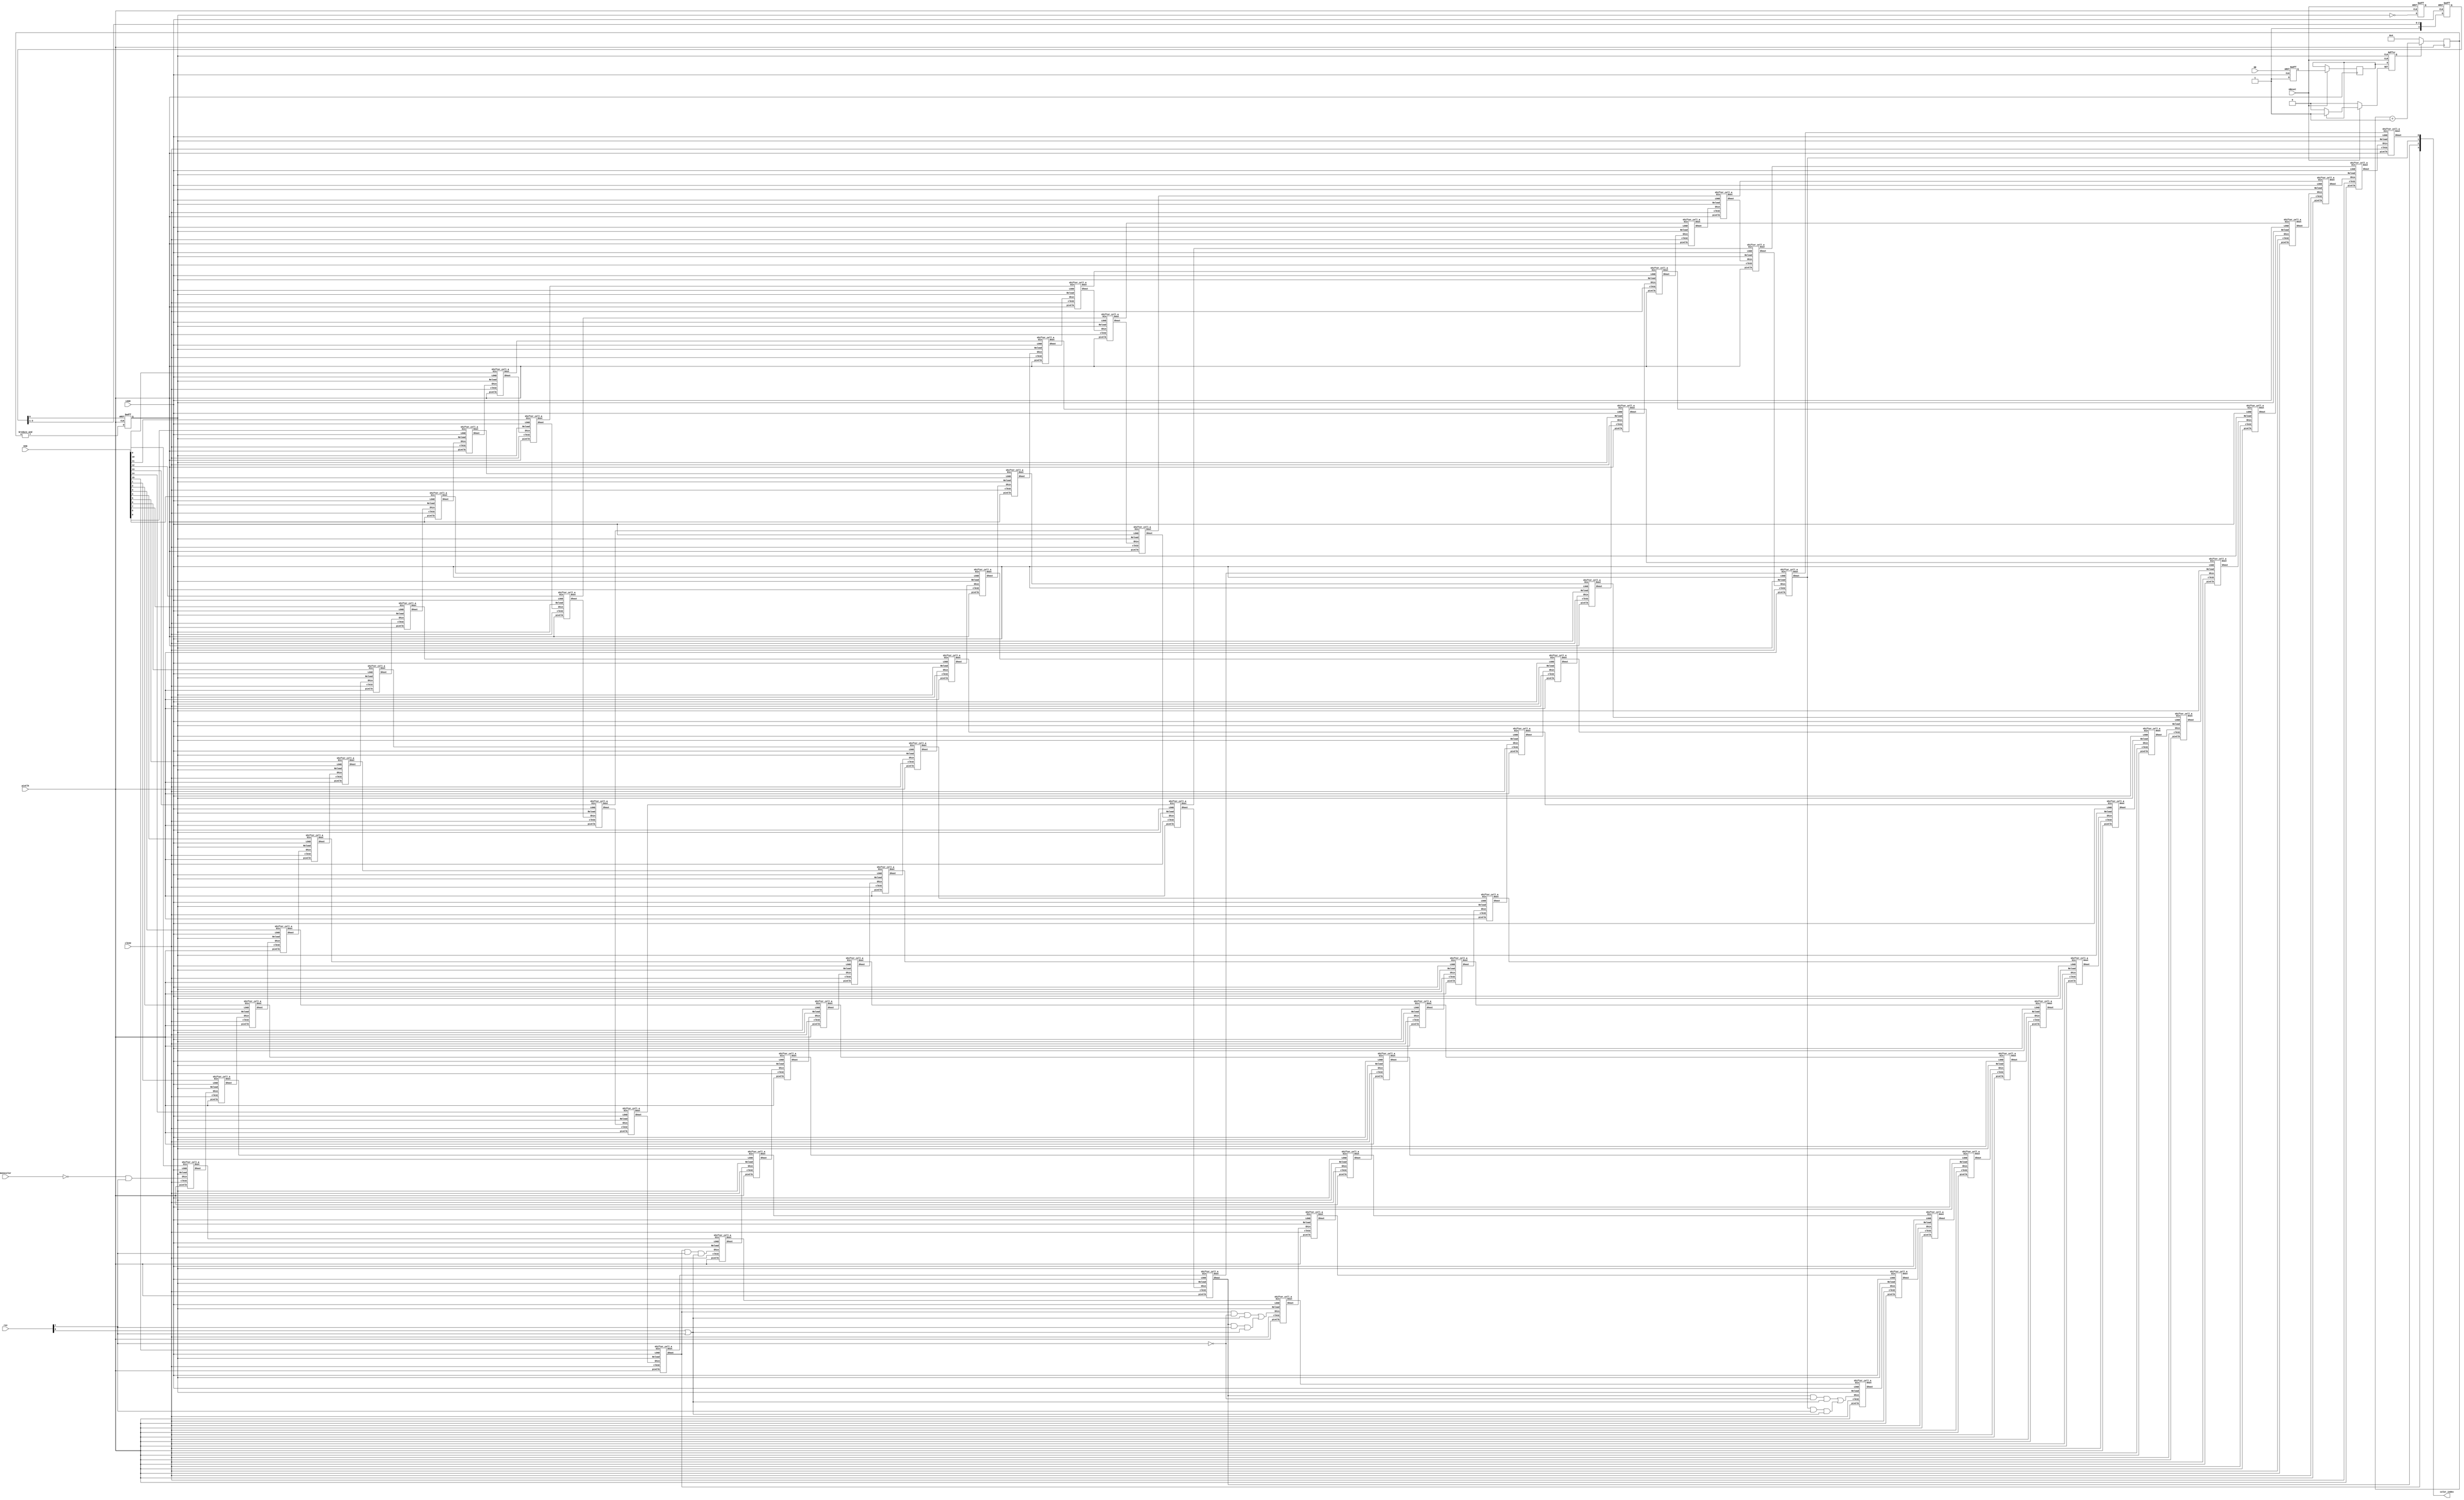

// Atari ST Shifter implementation, async

module shifter_video_async (
    input clk32,
    input nReset,
    input pixClk,
    input DE,
    input LOAD,
    input [1:0] rez,
    input monocolor,
    input [15:0] DIN,
    output [3:0] color_index
);

// shift array

wire [15:0] shdout0, shdout1, shdout2, shdout3;
wire [15:0] shcout0, shcout1, shcout2, shcout3;
genvar i;
for(i=0; i<16; i=i+1) begin:sharray
    shifter_cell_a c3(clk32, pixClk, LOAD, Reload, (i == 0) ? shftCin3 : shcout3[i-1], shcout3[i], DIN[i], shdout3[i]);
    shifter_cell_a c2(clk32, pixClk, LOAD, Reload, (i == 0) ? shftCin2 : shcout2[i-1], shcout2[i], shdout3[i], shdout2[i]);
    shifter_cell_a c1(clk32, pixClk, LOAD, Reload, (i == 0) ? shftCin1 : shcout1[i-1], shcout1[i], shdout2[i], shdout1[i]);
    shifter_cell_a c0(clk32, pixClk, LOAD, Reload, (i == 0) ? shftCin0 : shcout0[i-1], shcout0[i], shdout1[i], shdout0[i]);
end

// shift array logic
wire notlow = rez[0] | rez[1];
wire shftCout3 = shcout3[15];
wire shftCout2 = shcout2[15];
wire shftCout1 = shcout1[15];
wire shftCout0 = shcout0[15];
wire shftCin3  = ~monocolor & rez[1];
wire shftCin2  = shftCout3 & rez[1] & notlow;
wire shftCin1  = (shftCout3 & ~rez[1] & notlow) | (shftCout2 & rez[1] & notlow);
wire shftCin0  = (shftCout2 & ~rez[1] & notlow) | (shftCout1 & rez[1] & notlow);
assign color_index = { shftCout3, shftCout2, shftCout1, shftCout0 };


// reload control
reg Reload;

reg load_d1;
always @(posedge LOAD, negedge DE) begin
	if (!DE) load_d1 <= 1'b0;
	else load_d1 <= 1'b1;
end

reg load_d2;
reg reload_delay_n;
always @(posedge pixClk, negedge nReset) begin
	if (!nReset) reload_delay_n <= 1'b0;
	else begin
		reload_delay_n <= ~Reload;
		load_d2 <= load_d1;
	end
end

reg pxCtrEn;
always @(negedge Reload, negedge nReset, posedge load_d2) begin
	if (!nReset) pxCtrEn <= 1'b0;
	else if (load_d2) pxCtrEn <= 1'b1;
	else pxCtrEn <= load_d2;
end

/* verilator lint_off UNOPTFLAT */
reg [3:0] rdelay;
always @(posedge LOAD, negedge reload_delay_n) begin
	if (!reload_delay_n) rdelay <= 4'b0;
	else rdelay <= { 1'b1, rdelay[3:1] };
end
/* verilator lint_on UNOPTFLAT */

reg [3:0] pixCntr;
always @(posedge pixClk, negedge rdelay[0]) begin
	if (!rdelay[0]) Reload <= 1'b0;
	else Reload <= &pixCntr;
end

always @(posedge pixClk) begin
	if (pxCtrEn) pixCntr <= pixCntr + 1'h1;
	else pixCntr <= 4'h4;
end

endmodule

////////////////////////////////

module shifter_cell_a (
    input clk32,
    input pixClk,
    input LOAD,
    input Reload,
    input Shin,
    output reg Shout,
    input Din,
    output reg Dout
);

always @(posedge LOAD) begin
	Dout <= Din;
end

always @(posedge pixClk) begin
	Shout <= Reload ? Dout : Shin;
end

endmodule